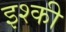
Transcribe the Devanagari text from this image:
इश्की